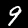
Label: 9